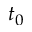
t _ { 0 }